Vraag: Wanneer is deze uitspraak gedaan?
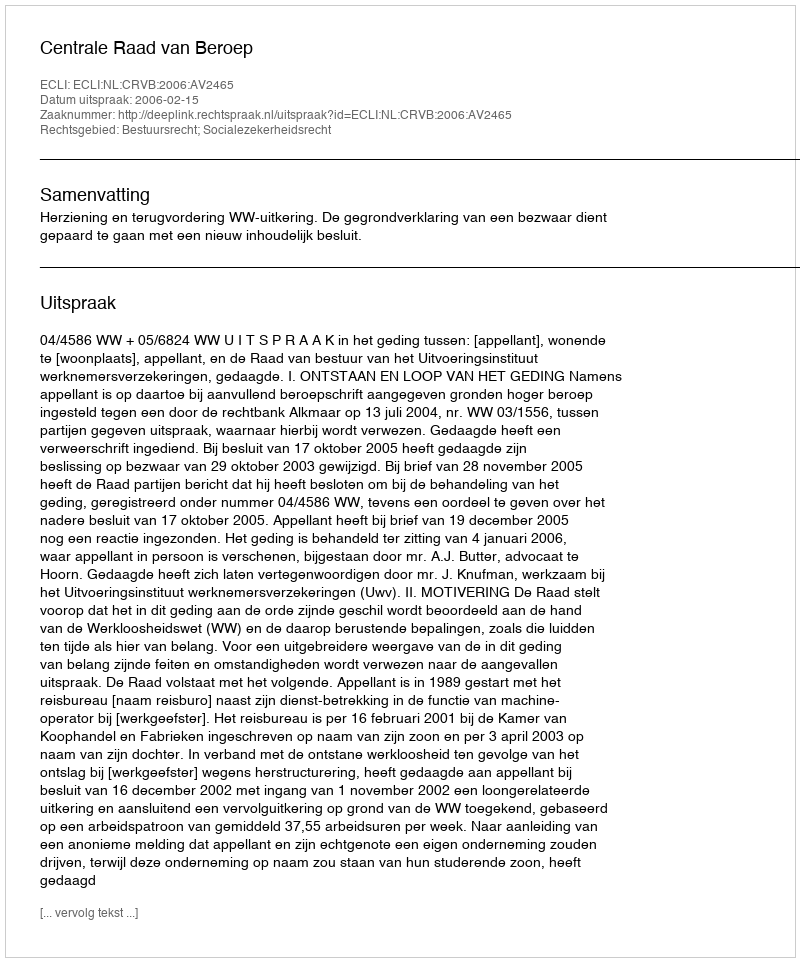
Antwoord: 2006-02-15